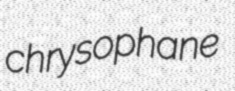
chrysophane